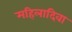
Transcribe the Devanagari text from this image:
महिलादिवा